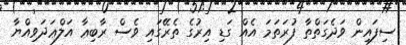
ސިފައިން ވަދެގަތްތާ ފުރަތަމަ އެއް ގަޑި އިރުގެ ތެރޭގައި ވެސް ރާބިޢާ އަލްޢަދަވިއްޔާ